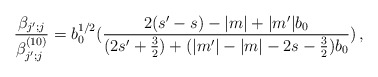
\begin{align*}\frac{\beta_{j';j}}{\beta^{(10)}_{j';j}}=b_0^{1/2}(\frac{2(s'-s)-|m|+|m'|b_0}{(2s'+\frac{3}{2})+(|m'|-|m|-2s-\frac{3}{2})b_0})\, ,\end{align*}